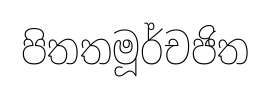
පිතතමූර්චජිත